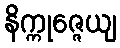
နိက္ကုဇ္ဇေယျ